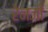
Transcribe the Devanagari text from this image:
रेनजी